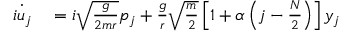
\begin{array} { r l } { \dot { i u _ { j } } } & { { } = i \sqrt { \frac { g } { 2 m r } } p _ { j } + \frac { g } { r } \sqrt { \frac { m } { 2 } } \left[ 1 + \alpha \left( j - \frac { N } { 2 } \right) \right] y _ { j } } \end{array}